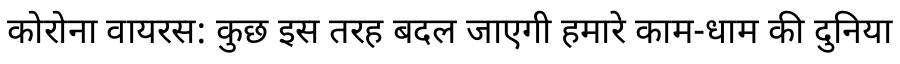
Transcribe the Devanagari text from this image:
कोरोना वायरस: कुछ इस तरह बदल जाएगी हमारे काम-धाम की दुनिया